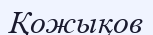
Қожықов